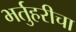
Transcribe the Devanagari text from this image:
भर्तुहरीचा